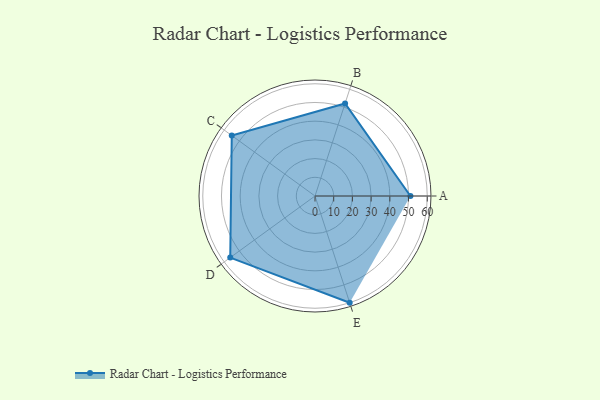
{"axis": {"x": "Skill", "y": "Score"}, "legend": ["Profile"], "data": [{"x": "A", "y": 51.0, "type": "Profile"}, {"x": "B", "y": 52.0, "type": "Profile"}, {"x": "C", "y": 55.0, "type": "Profile"}, {"x": "D", "y": 56.0, "type": "Profile"}, {"x": "E", "y": 60.0, "type": "Profile"}]}